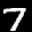
Label: 7